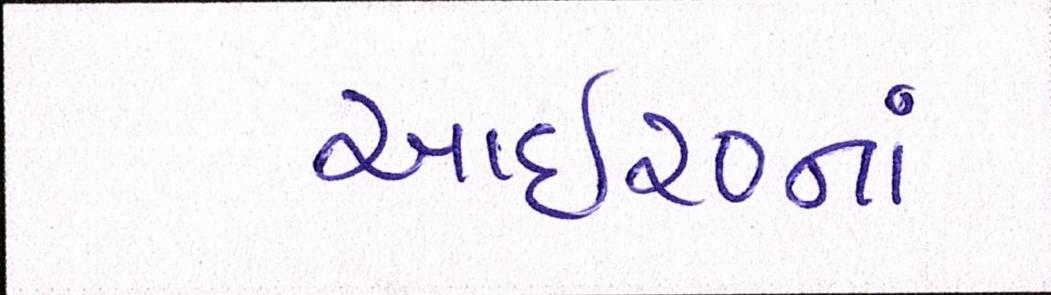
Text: આઇ૨૦નાં